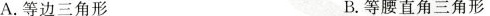
A.等边三角形 B.等腰直角三角形